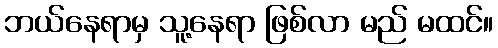
ဘယ်နေရာမှ သူ့နေရာ ဖြစ်လာ မည် မထင်။